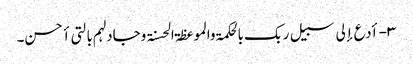
۳- أدع إلی سبیل ربک بالحکمۃ والموعظۃ الحسنۃ وجادلہم بالتی أحسن۔